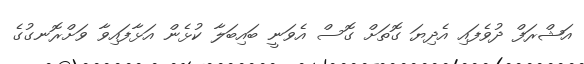
އަޝްރަފް ދުވެފައި އެދިޔަ ގޮތަށް ގޮސް އެވަނީ ބައިބަލާ ކުޅެން އަޅާފައިވާ ވަށްރޮނގުގެ